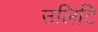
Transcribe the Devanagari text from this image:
उलिटि